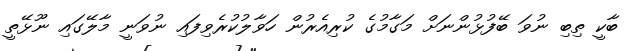
ބާކީ ތިބި ނުވަ ބޭފުޅުންނަށް މަގާމުގެ ކުރިއެރުން ހަވާލުކުރެވިފައި ނުވަނީ މާލޭގައި ނޫޅޭތީ